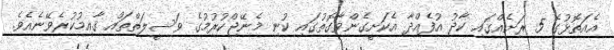
އެއަތޮޅުގެ 5 ރަށެއްގައި ކާދު އުފެއްދާ އެކަށީގެންވާގޮތުގައި ކުނި މެނޭޖްކުރުމުގެ ވަސީލަތްތައް ޤާއިމުކުރެވޭނެއެވެ.